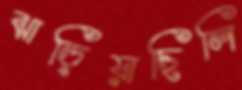
ঝাড়িয়াছিলি